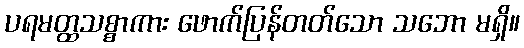
ပရမတ္ထသစ္စာကား ဖောက်ပြန်တတ်သော သဘော မရှိ။